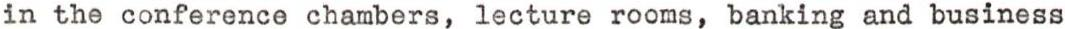
in the conference chambers, lecture rooms, banking and business